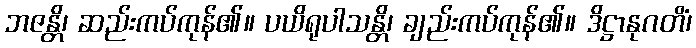
ဘဇန္တိ၊ ဆည်းကပ်ကုန်၏။ ပယိရုပါသန္တိ၊ ချည်းကပ်ကုန်၏။ ဒိဋ္ဌာနုဂတိံ၊